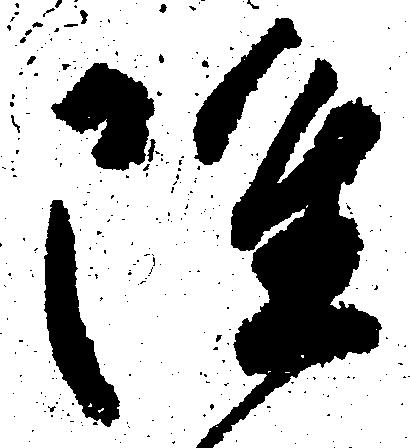
雖